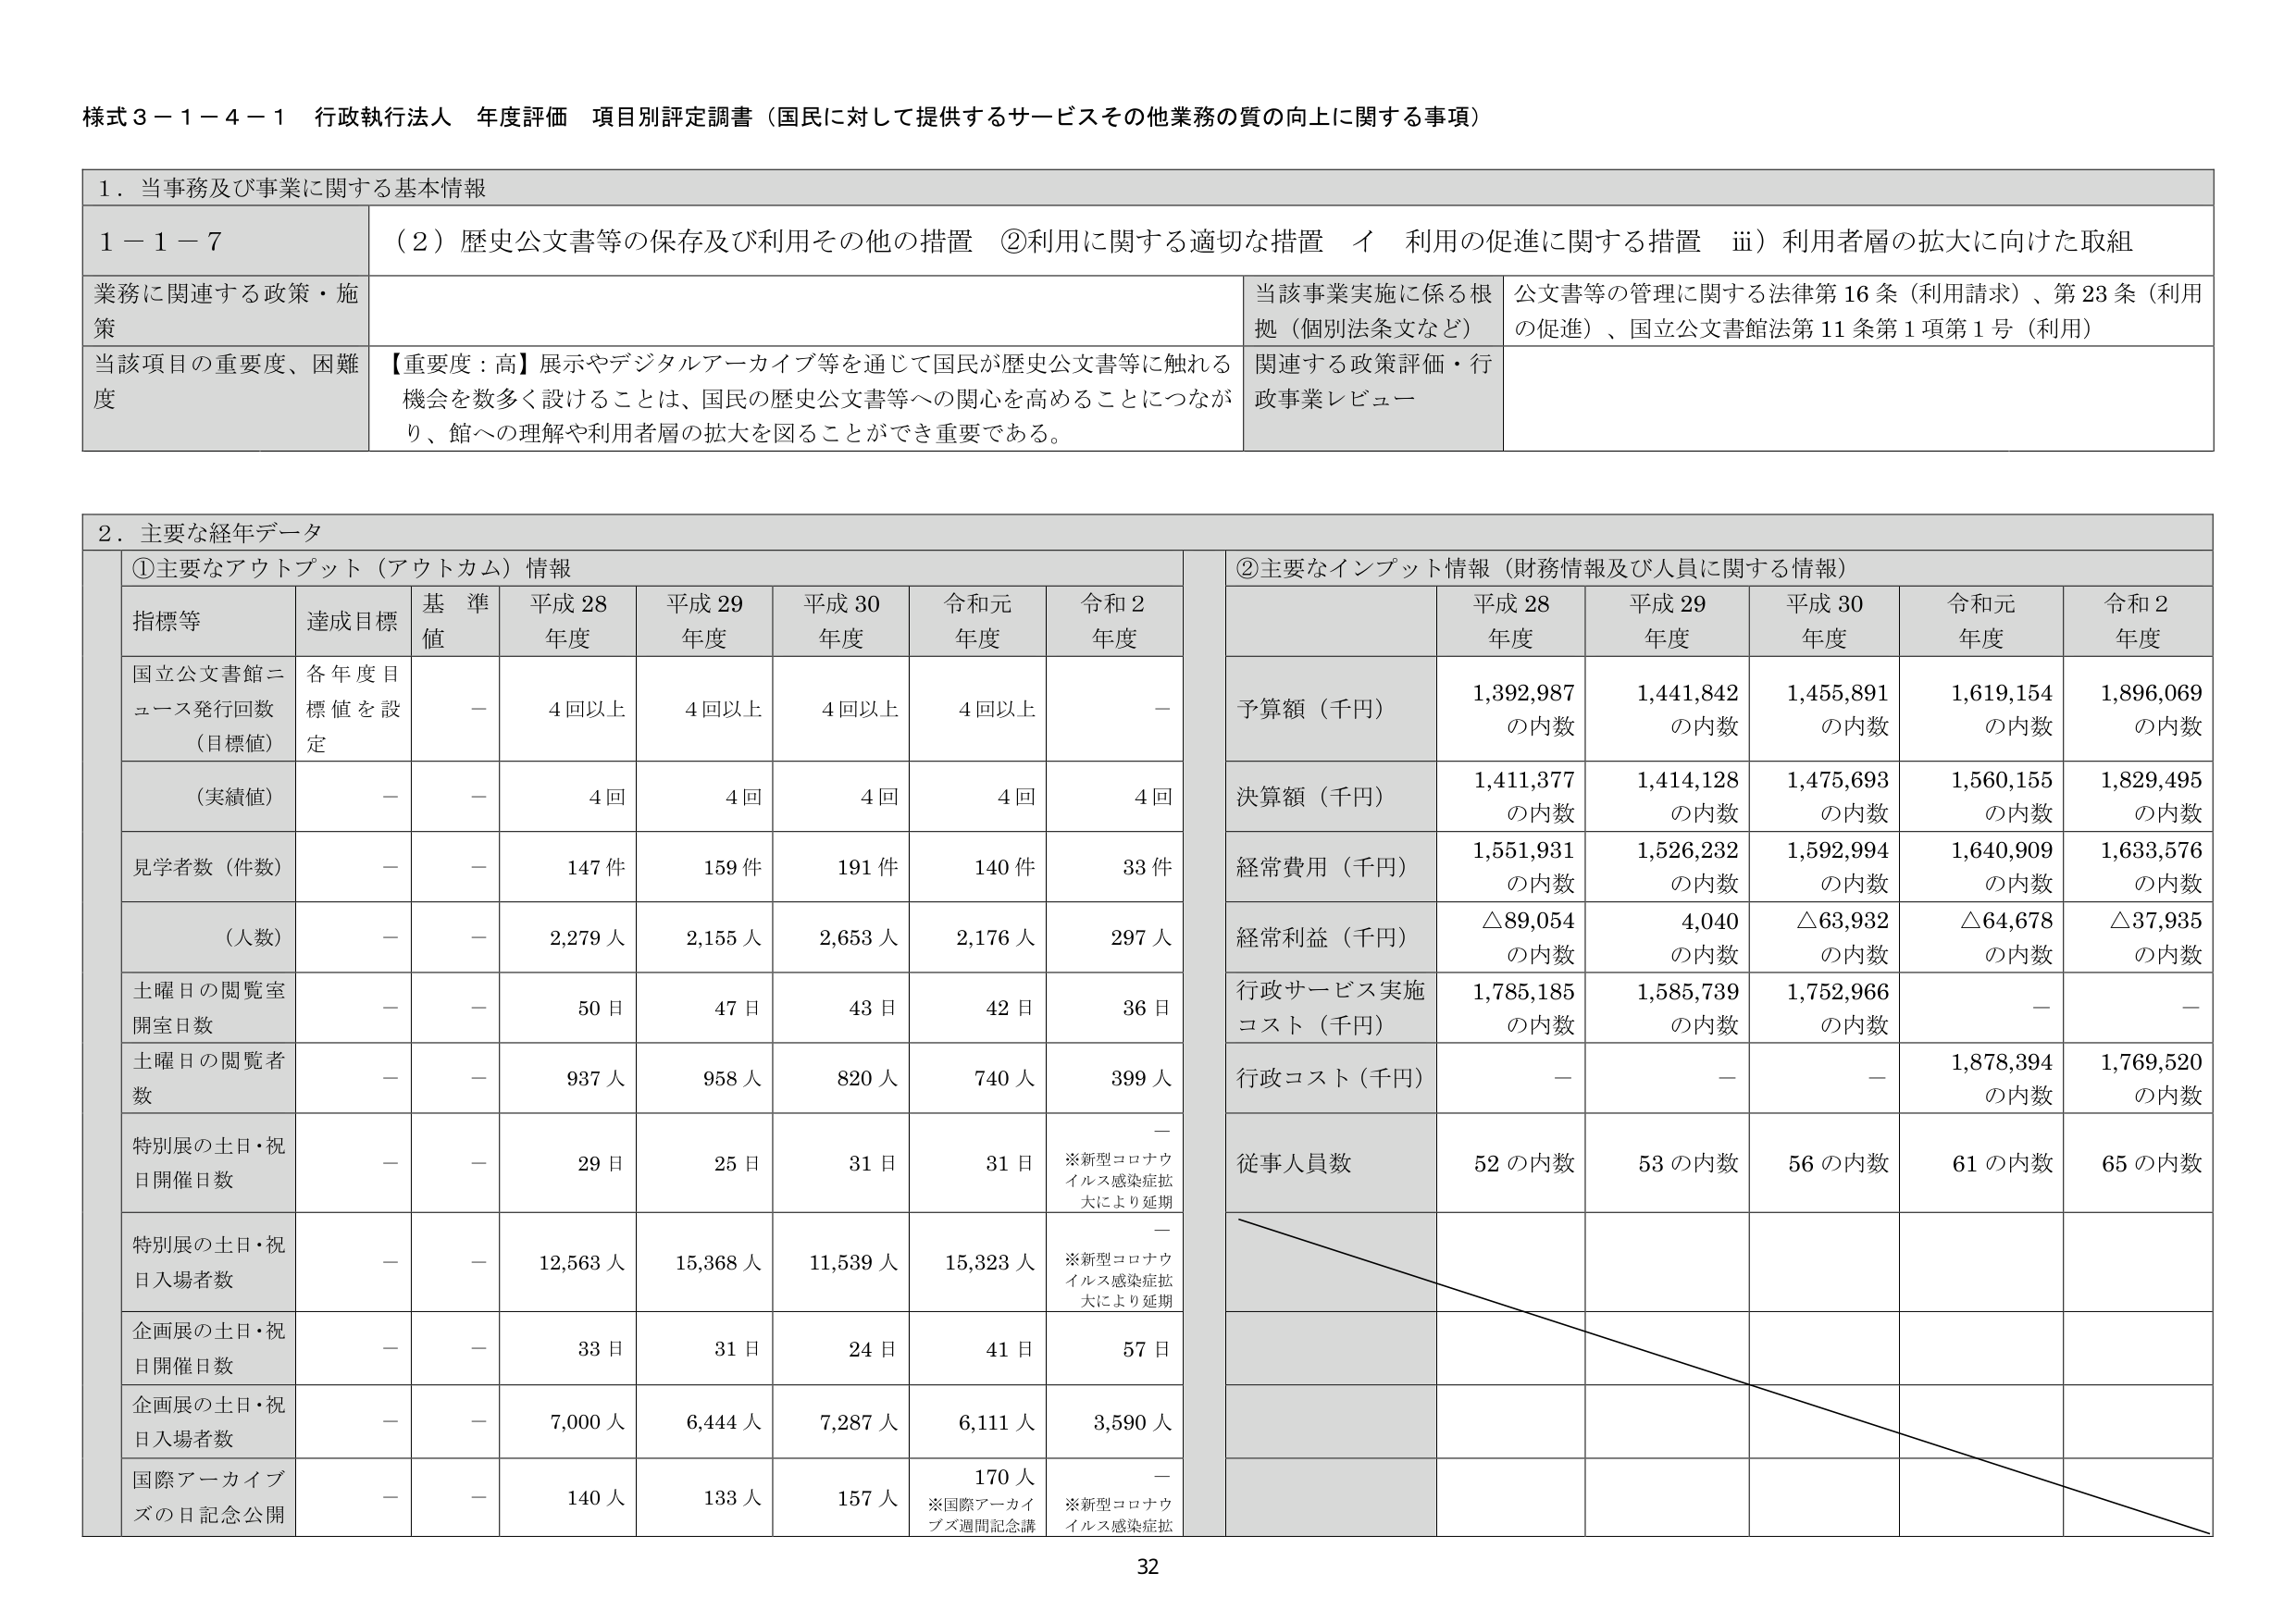
様式３－１－４－１ 行政執行法人 年度評価 項目別評定調書（国民に対して提供するサービスその他業務の質の向上に関する事項）

１．当事務及び事業に関する基本情報

１－１－７ （２）歴史公文書等の保存及び利用その他の措置 ②利用に関する適切な措置 イ 利用の促進に関する措置 ⅲ）利用者層の拡大に向けた取組

業務に関連する政策・施策
当該事業実施に係る根拠（個別法条文など）
公文書等の管理に関する法律第16条（利用請求）、第23条（利用の促進）、国立公文書館法第11条第1項第1号（利用）

当該項目の重要度、困難度
【重要度：高】展示やデジタルアーカイブ等を通じて国民が歴史公文書等に触れる機会を数多く設けることは、国民の歴史公文書等への関心を高めることにつながり、館への理解や利用者層の拡大を図ることができ重要である。
関連する政策評価・行政事業レビュー

２．主要な経年データ

①主要なアウトプット（アウトカム）情報

指標等 達成目標 基準値 平成28年度 平成29年度 平成30年度 令和元年度 令和2年度

国立公文書館ニュース発行回数（目標値） 各年度目標値を設定 － 4回以上 4回以上 4回以上 4回以上 －

（実績値） － － 4回 4回 4回 4回 4回

見学者数（件数） － － 147件 159件 191件 140件 33件

（人数） － － 2,279人 2,155人 2,653人 2,176人 297人

土曜日の閲覧室開室日数 － － 50日 47日 43日 42日 36日

土曜日の閲覧者数 － － 937人 958人 820人 740人 399人

特別展の土日・祝日開催日数 － － 29日 25日 31日 31日 ※新型コロナウイルス感染症拡大により延期

特別展の土日・祝日入場者数 － － 12,563人 15,368人 11,539人 15,323人 ※新型コロナウイルス感染症拡大により延期

企画展の土日・祝日開催日数 － － 33日 31日 24日 41日 57日

企画展の土日・祝日入場者数 － － 7,000人 6,444人 7,287人 6,111人 3,590人

国際アーカイブズの日記念公開 － － 140人 133人 157人 170人 ※国際アーカイブズ週間記念講 ※新型コロナウイルス感染症拡大により延期

②主要なインプット情報（財務情報及び人員に関する情報）

平成28年度 平成29年度 平成30年度 令和元年度 令和2年度

予算額（千円） 1,392,987の内数 1,441,842の内数 1,455,891の内数 1,619,154の内数 1,896,069の内数

決算額（千円） 1,411,377の内数 1,414,128の内数 1,475,693の内数 1,560,155の内数 1,829,495の内数

経常費用（千円） 1,551,931の内数 1,526,232の内数 1,592,994の内数 1,640,909の内数 1,633,576の内数

経常利益（千円） △89,054の内数 4,040の内数 △63,932の内数 △64,678の内数 △37,935の内数

行政サービス実施コスト（千円） 1,785,185の内数 1,585,739の内数 1,752,966の内数 － －

行政コスト（千円） － － － 1,878,394の内数 1,769,520の内数

従事人員数 52の内数 53の内数 56の内数 61の内数 65の内数

32